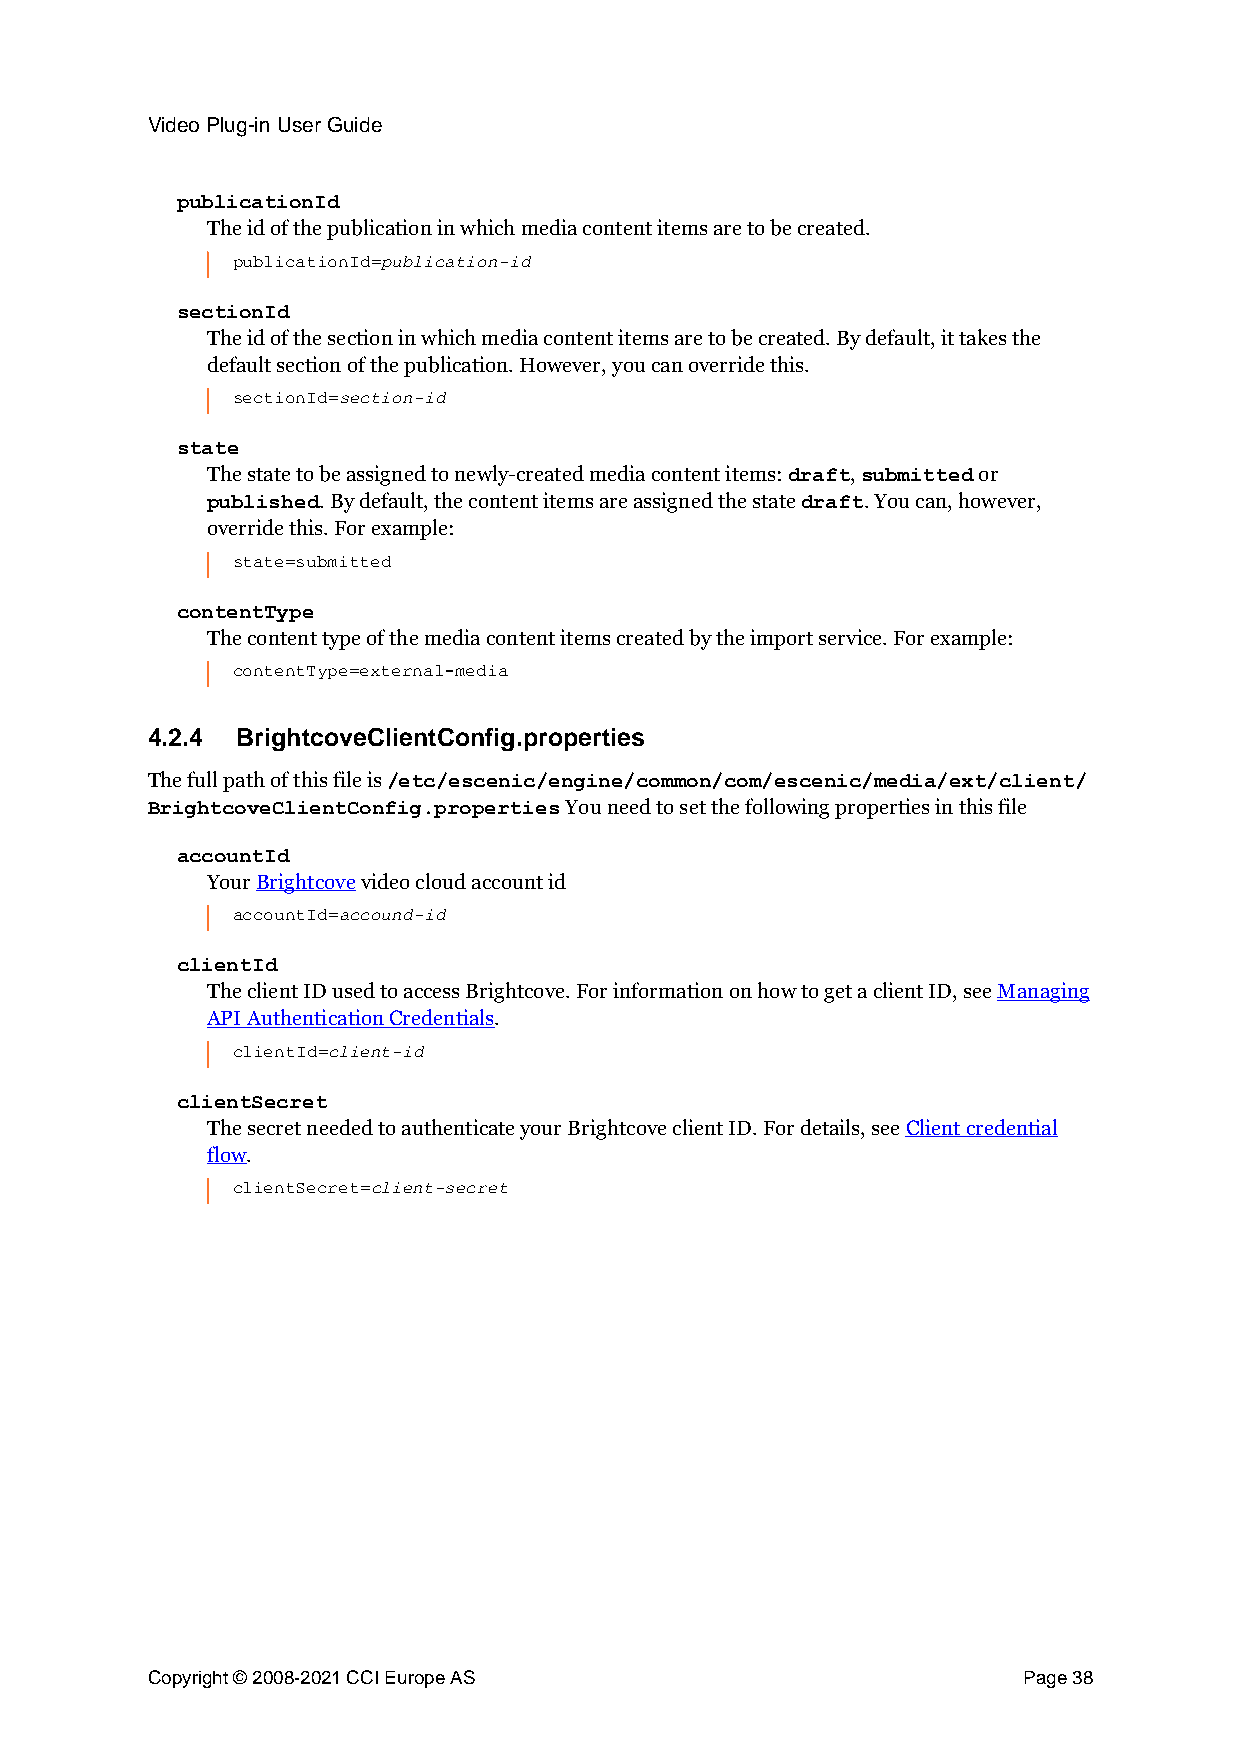
Video Plug-in User Guide
 publicationId
 The id of the publication in which media content items are to be created.
 publication-id
 publicationId=
 sectionId
 The id of the section in which media content items are to be created. By default, it takes the
 default section of the publication. However, you can override this.
 section-id
 sectionId=
 state
 The state to be assigned to newly-created media content items: , or
 draft submitted
 . By default, the content items are assigned the state . You can, however,
 published                              draft
 override this. For example:
 state=submitted
 contentType
 The content type of the media content items created by the import service. For example:
 contentType=external-media
 4.2.4 BrightcoveClientConfig.properties
 The full path of this file is
 /etc/escenic/engine/common/com/escenic/media/ext/client/
 You need to set the following properties in this file
 BrightcoveClientConfig.properties
 accountId
 Your Brightcove video cloud account id
 accound-id
 accountId=
 clientId
 The client ID used to access Brightcove. For information on how to get a client ID, see Managing
 API Authentication Credentials.
 client-id
 clientId=
 clientSecret
 The secret needed to authenticate your Brightcove client ID. For details, see Client credential
 flow.
 client-secret
 clientSecret=
 Copyright © 2008-2021 CCI Europe AS                       Page 38